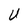
Character: U